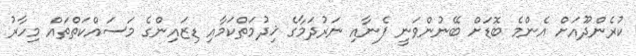
ކުރެންދޫއަށް އެންމެ ބޮޑަށް ބޭނުންވަނީ ފެނާއި ނަރުދަމާގެ ޚިދުމަތްކަމާއި ޑިޒައިންގެ މަސައްކަތްތައް މިހާރު